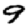
Digit: 9